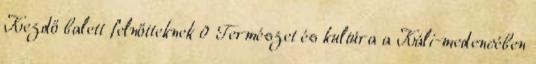
Kezdő balett felnőtteknek 0 Természet és kultúra a Káli-medencében